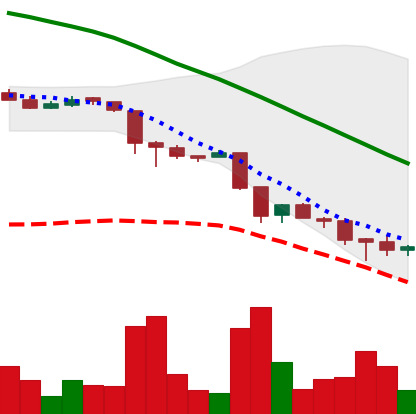
Ticker: ADA-USD
Chart end date: 2018-11-27
Forward return: 14.292%
Label: up_7plus